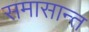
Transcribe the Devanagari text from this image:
समासान्त